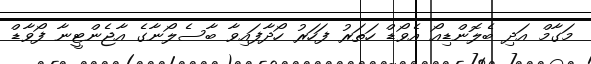
މަގާމް އަދި ބެލޮންޑިއޯ އެވޯޑް ހަތަރު ފަހަރު ހޯދާފައިވާ ބާސެލޯނާގެ އާޖެންޓީނާ ފޯވާޑް